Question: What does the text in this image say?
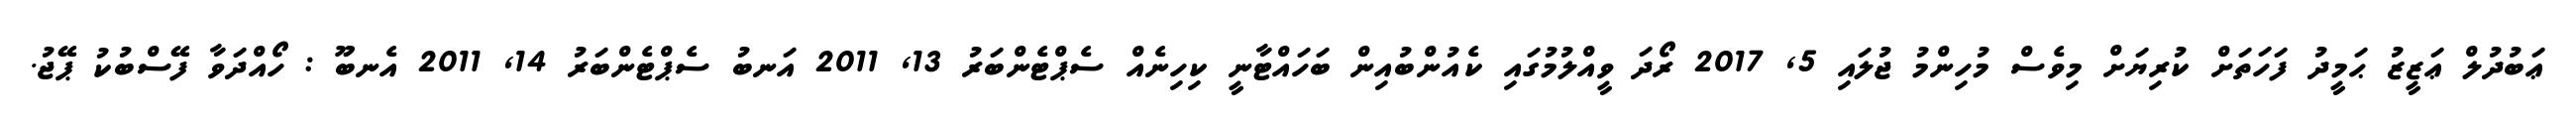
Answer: ޢަބުދުލް ޢަޒީޒު ޙަމީދު ފަހަތަށް ކުރިޔަށް މިވެސް މުހިންމު ޖުލައި 5, 2017 ރޯދަ ވީއްލުމުގައި ކެއުންބުއިން ބަހައްޓާނީ ކިހިނެއް ސެޕްޓެންބަރު 13, 2011 އަނބު ސެޕްޓެންބަރު 14, 2011 އެނބޫ : ހޯއްދަވާ ފޭސްބުކު ޕޭޖު.